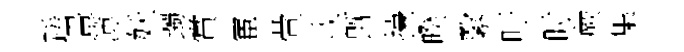
蹉畫簿妖躅賞宦萱戒旣擡暌繄吁时蕨集